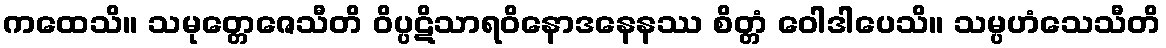
ကထေသိ။ သမုတ္တေဇေသီတိ ဝိပ္ပဋိသာရဝိနောဒနေနဿ စိတ္တံ ဝေါဒါပေသိ။ သမ္ပဟံသေသီတိ